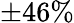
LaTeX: \pm 46\%